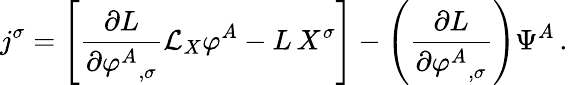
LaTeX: j^{\sigma}=\left[{\frac{\partial L}{\partial{\varphi^{A}}_{,\sigma}}}{\mathcal{L}}_{X}\varphi^{A}-L\, X^{\sigma}\right]-\left({\frac{\partial L}{\partial{\varphi^{A}}_{,\sigma}}}\right)\Psi^{A}\, .